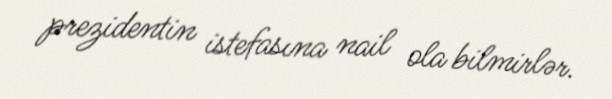
prezidentin istefasına nail ola bilmirlər.